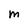
Character: M